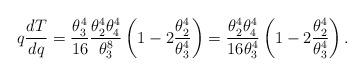
LaTeX: \begin{align*} q \frac{dT}{dq}=\frac{\theta_{3}^{4}}{16}\frac{\theta_{2}^{4}\theta_{4}^{4}}{\theta_{3}^{8}}\left(1-2\frac{\theta_{2}^{4}}{\theta_{3}^{4}}\right)=\frac{\theta_{2}^{4}\theta_{4}^{4}}{16\theta_{3}^{4}}\left(1-2\frac{\theta_{2}^{4}}{\theta_{3}^{4}}\right). \end{align*}